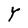
Character: Y